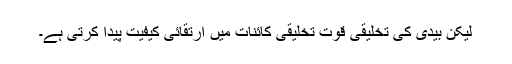
لیکن بیدی کی تخلیقی قوت تخلیقی کائنات میں ارتقائی کیفیت پیدا کرتی ہے۔